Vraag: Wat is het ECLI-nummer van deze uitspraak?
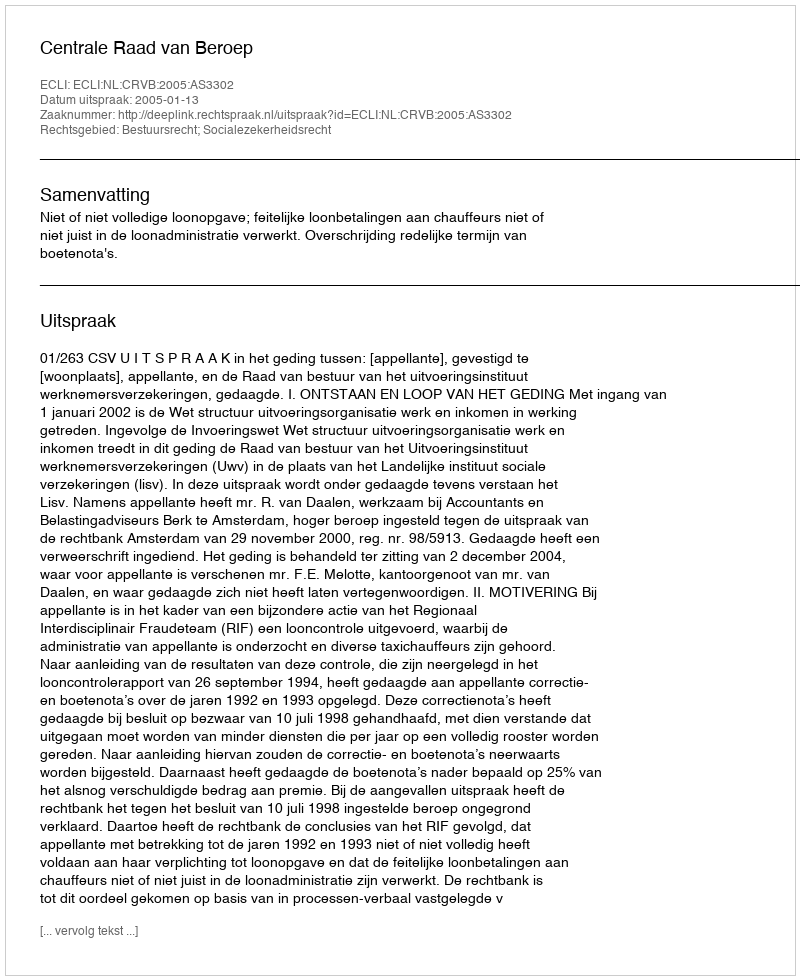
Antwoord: ECLI:NL:CRVB:2005:AS3302